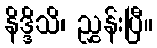
နိဒ္ဒိသိ၊ ညွှန်းပြီ။